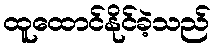
ထူထောင်နိုင်ခဲ့သည်